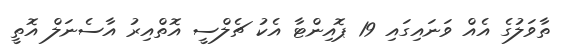
ތާވަލުގެ އެއް ވަނައިގައި 19 ޕޮއިންޓާ އެކު ޗެލްސީ އޮތްއިރު އާސެނަލް އޮތީ